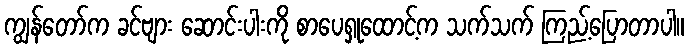
ကျွန်တော်က ခင်ဗျား ဆောင်းပါးကို စာပေရှုထောင့်က သက်သက် ကြည့်ပြောတာပါ။